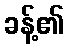
ခန့်၏